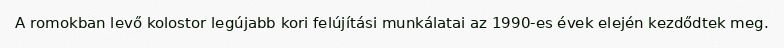
A romokban levő kolostor legújabb kori felújítási munkálatai az 1990-es évek elején kezdődtek meg.